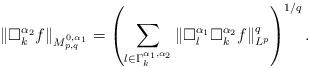
LaTeX: \begin{align*}\|\Box_k^{\alpha_2}f\|_{M_{p,q}^{0,\alpha_1}}=\left(\sum_{l\in\Gamma_k^{\alpha_1,\alpha_2}}\|\Box_l^{\alpha_1}\Box_k^{\alpha_2}f\|^q_{L^p}\right)^{1/q}.\end{align*}